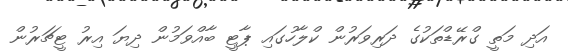
އަދި މަތީ ގްރޭޑްތަކުގެ ދަރިވަރުން ކްލާހުގައި ޕާޓީ ބާއްވަމުން ދިޔަ އިރު ޓީޗަރުން